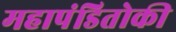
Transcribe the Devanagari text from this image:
महापंडितोकी